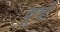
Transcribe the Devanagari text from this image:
कूर्चो